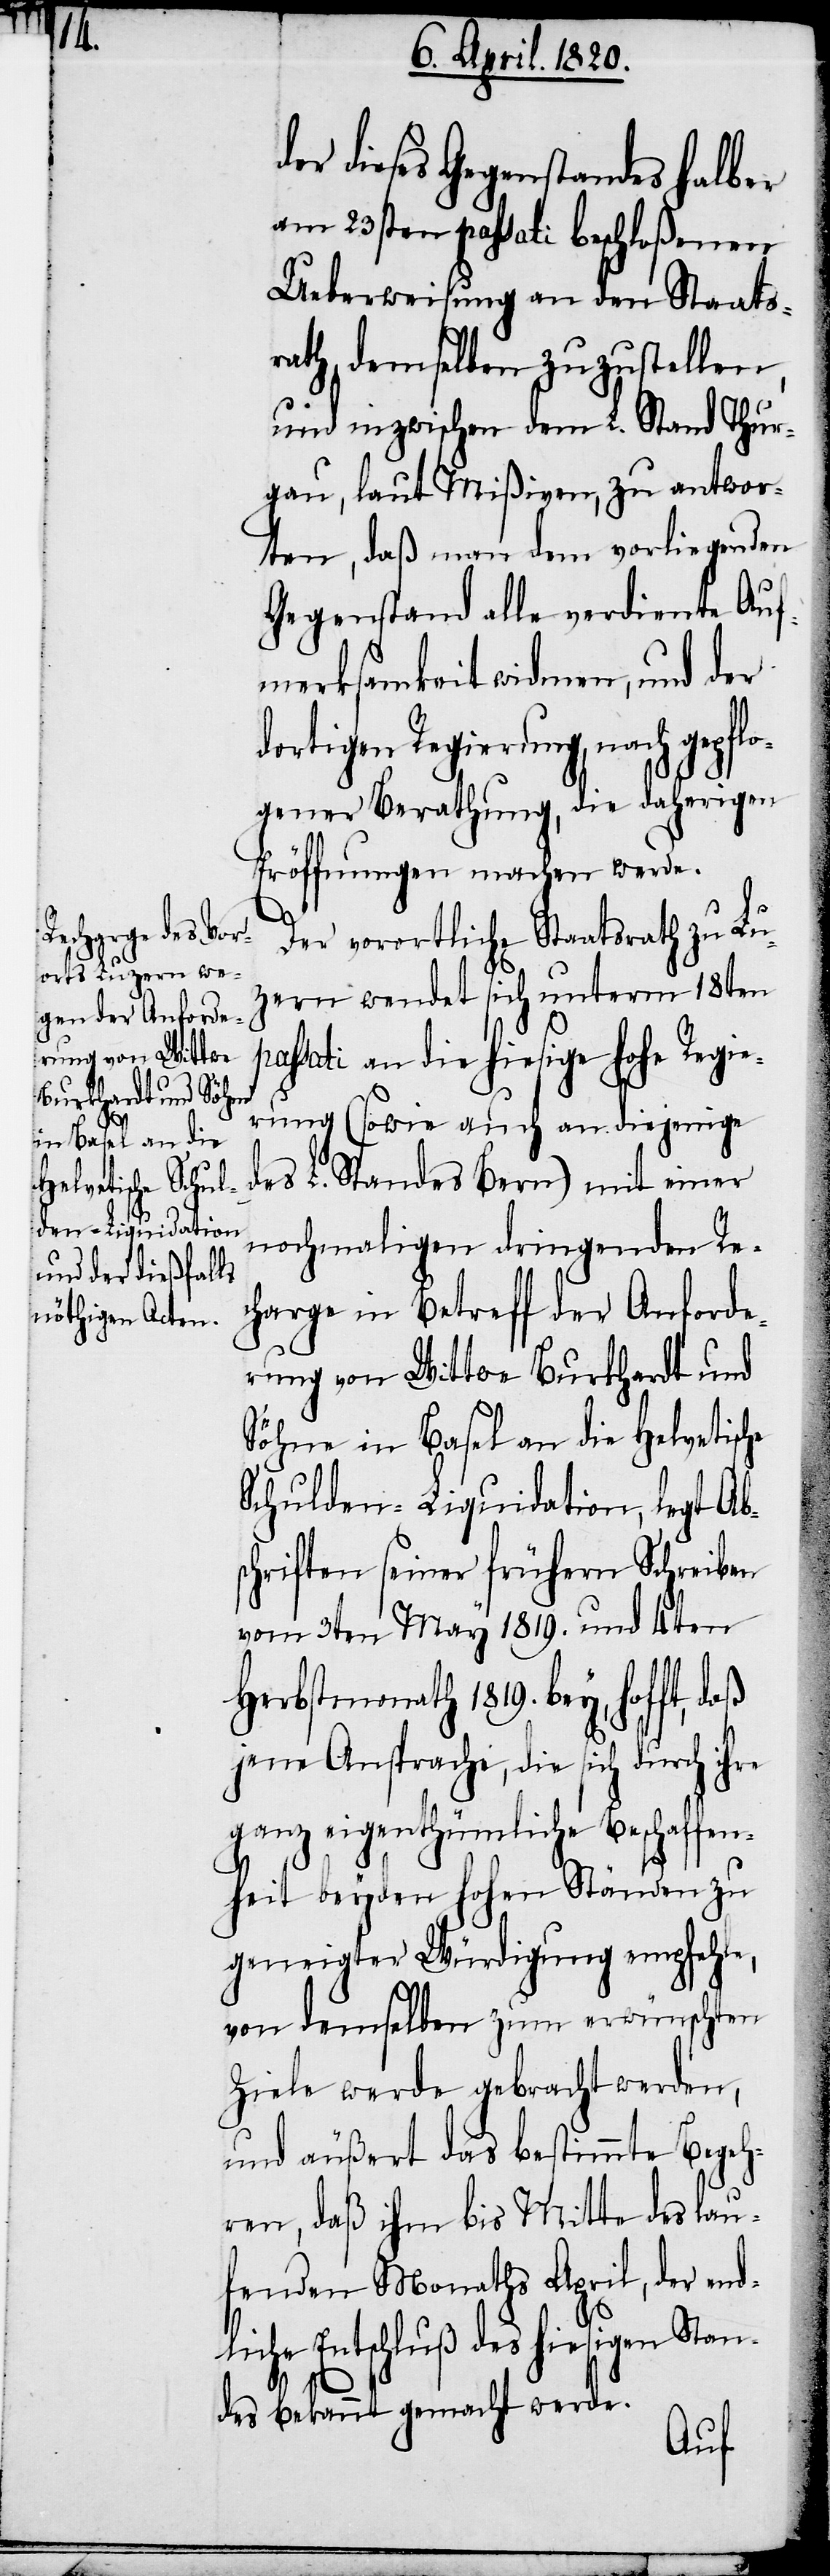
der dieses Gegenstandes halber
am 23sten passati beschloßenen
Ueberweisung an den Staats¬
rath, demselben zuzustellen,
und inzwischen dem L. Stand Thur¬
gau, laut Mißiven, zu antwor¬
ten, daß man dem vorliegenden
Gegenstand alle verdiente Auf¬
merksamkeit widmen, und der
dortigen Regierung, nach gepf¬
gener Berathung, die daherigen
Eröffnungen machen werde.
lo¬
Der vorortliche Staatsrath zu Lu¬
zern wendet sich unterm 18ten
passati an die hiesige Hohe Regie¬
rung (sowie auch an diejenige
des L. Standes Bern) mit einer
nochmaligen dringenden Re¬
charge im Betreff der Anforde¬
rung von Wittwe Burkhardt und
Söhne in Basel an die Helvetische
Schulden-Liquidation, legt Ab¬
schriften seiner frühern Schreiben
vom 3ten May 1819. und 4ten
Herbstmonath 1819. bey, hofft,
jene Ansprache, die sich durch ihre
ganz eigenthümliche Beschaffen¬
heit beyden Hohen Ständen zu
geneigter Würdigung empfehle,
von demselben zum erwünschten
Ziele werde gebracht werden,
und äußert das bestimmte Begeh¬
ren, daß ihm bis Mitte des lau¬
fenden Monath April, der end¬
Entschluß des hiesigen Sta¬
ndes bekannt gemacht werde.
liche